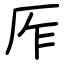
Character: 厏